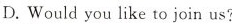
D.Would you like to join us?